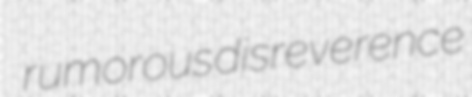
rumorous disreverence